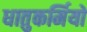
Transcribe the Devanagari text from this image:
धातुकर्मियों